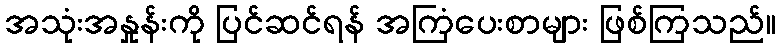
အသုံးအနှုန်းကို ပြင်ဆင်ရန် အကြံပေးစာများ ဖြစ်ကြသည်။